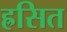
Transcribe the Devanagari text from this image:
ह्रसित